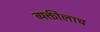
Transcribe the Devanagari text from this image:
व्यक्तीलाच